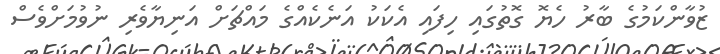
ޒުވާންކަމުގެ ބާރު ހެޔޮ ގޮތުގައި ހިފައި އެކަކު އަނެކެއްގެ މައްޗަށް އަނިޔާވެރި ނުވުމަށްވެސް